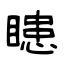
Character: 瞣